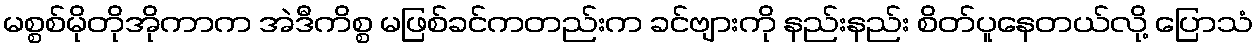
မစ္စစ်မိုတိုအိုကာက အဲဒီကိစ္စ မဖြစ်ခင်ကတည်းက ခင်ဗျားကို နည်းနည်း စိတ်ပူနေတယ်လို့ ပြောသံ